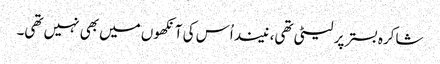
شاکرہ بستر پر لیٹی تھی، نیند اُس کی آنکھوں میں بھی نہیں تھی۔